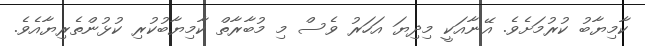
ކާމިޔާބު ކުރުމަށެވެ. އޭނާއަކީ މިދިޔަ އަހަރު ވެސް މި މުބާރާތް ކާމިޔާބުކުރި ކުޅުންތެރިޔާއެވެ.